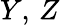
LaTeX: Y,\, Z